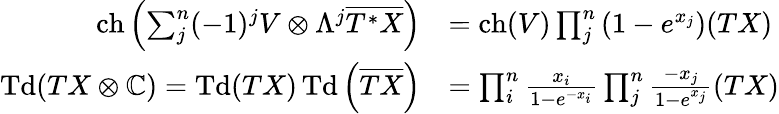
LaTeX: {\begin{array}{rl}{\operatorname{ch}\left(\sum_{j}^{n}(-1)^{j}V\otimes\Lambda^{j}{\overline{{T^{*}X}}}\right)}&{=\operatorname{ch}(V)\prod_{j}^{n}\left(1-e^{x_{j}}\right)(TX)}\\ {\operatorname{Td}(TX\otimes\mathbb{C})=\operatorname{Td}(TX)\operatorname{Td}\left({\overline{{TX}}}\right)}&{=\prod_{i}^{n}{\frac{x_{i}}{1-e^{-x_{i}}}}\prod_{j}^{n}{\frac{-x_{j}}{1-e^{x_{j}}}}(TX)}\end{array}}